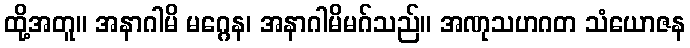
ထို့အတူ။ အနာဂါမိ မဂ္ဂေန၊ အနာဂါမိမဂ်သည်။ အဏုသဟဂတ သံယောဇန